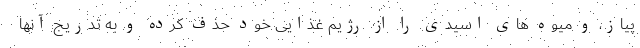
پیاز، و میوه های اسیدی را از رژیم غذایی خود حذف کرده و به تدریج آنها